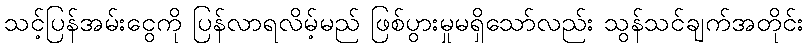
သင့်ပြန်အမ်းငွေကို ပြန်လာရလိမ့်မည် ဖြစ်ပွားမှုမရှိသော်လည်း သွန်သင်ချက်အတိုင်း